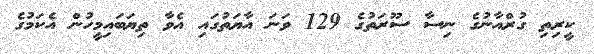
ކީރިތި ގުރްއާނުގެ ނިސާ ސޫރަތުގެ 129 ވަނަ އާޔަތުގައި އެވާ ތިޔަބައިމީހުން އެކަމުގެ